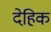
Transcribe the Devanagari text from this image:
देहिक